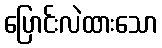
ပြောင်းလဲထားသော